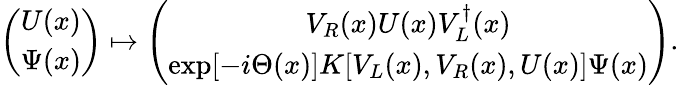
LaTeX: \left(\begin{array}{c}{{U(x)}}\\ {{\Psi(x)}}\end{array}\right)\mapsto\left(\begin{array}{c}{{V_{R}(x)U(x)V_{L}^{\dagger}(x)}}\\ {{\exp[-i\Theta(x)]K[V_{L}(x),V_{R}(x),U(x)]\Psi(x)}}\end{array}\right).